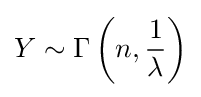
Y\sim \Gamma \left(n,{\frac {1}{\lambda }}\right)